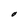
Character: O